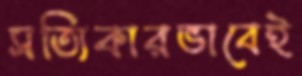
সত্যিকারভাবেই